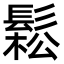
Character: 鬆